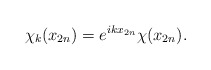
\begin{align*} \chi_k(x_{2n})=e^{ikx_{2n}}\chi(x_{2n}).\end{align*}